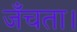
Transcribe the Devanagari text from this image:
जँचता।